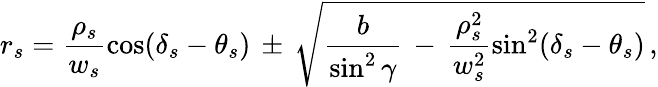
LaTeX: r_{s}=\frac{\rho_{s}}{w_{s}}\cos(\delta_{s}-\theta_{s})\, \pm\, \sqrt{\frac{b}{\sin^{2}\gamma}\, -\, \frac{\rho_{s}^{2}}{w_{s}^{2}}\sin^{2}(\delta_{s}-\theta_{s})}\, ,